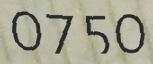
0750